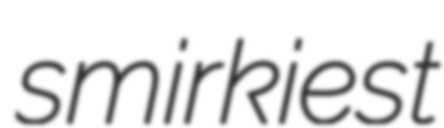
smirkiest